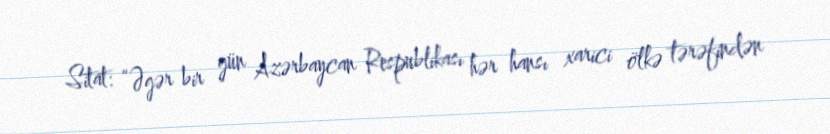
Sitat: “Əgər bir gün Azərbaycan Respublikası hər hansı xarici ölkə tərəfindən